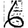
Digit: 6